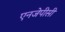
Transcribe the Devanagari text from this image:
एनजेपीसी